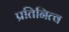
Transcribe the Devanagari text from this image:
प्रतिनित्व